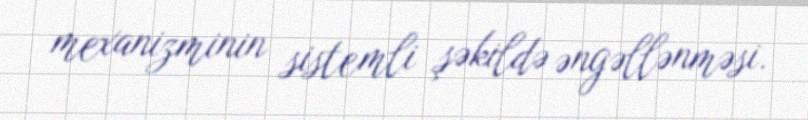
mexanizminin sistemli şəkildə əngəllənməsi.